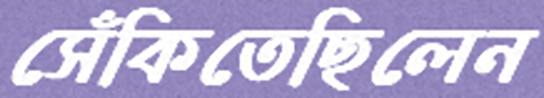
সেঁকিতেছিলেন